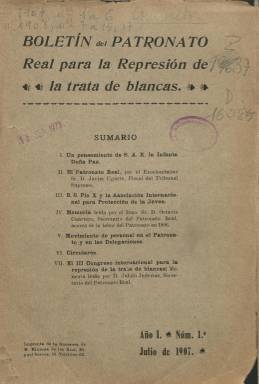
Título: Boletín del Patronato Real para la Represión de la Trata de Blancas
Colección: Anuarios e informes || Asuntos sociales
Ámbito geográfico: Madrid
Lugar de publicación: Madrid
Fechas: 01/07/1907-29/02/1916

Es el órgano oficial de este patronato, creado por los reales decretos de 11 de julio y 9 de septiembre de 1902 para la lucha contra la prostitución, estando considerada como primera institución oficial española dedicada a estos asuntos. El término “trata de blancas” había sido acuñado a finales del siglo XIX para quienes eran objeto de prostitución femenina en los continentes africano o asiático, haciéndose extensivo seguidamente a la prostitución en general. El patronato español quedaría establecido en el Ministerio de Justicia bajo la protección de la reina regente María Cristina y presidido por la infanta María Isabel de Borbón, con unos órganos directivos y ejecutivos ocupados casi en su totalidad por mujeres de la aristocracia y la alta burguesía, nombradas por el Gobierno, siendo su objetivo el de proveer información y recursos contra esta actividad y estructurándose en delegaciones provinciales y locales. El término oficial de “trata de blancas” sería sustituido en 1921 por el de “trata de mujeres y niños”, y por decreto del 11 de septiembre de 1931, la República sustituyó dicho patronato por el de Protección a la Mujer, que siguió funcionando durante la dictadura franquista. Sus funciones en las primeras décadas de su existencia fueron criticadas por el entonces movimiento feminista y sectores progresistas y, en concreto, lo fue por la escritora y política Margarita Nelken (1894-1968).

Su boletín oficial nació al instarse en el III Congreso Internacional para la Represión de la trata de blancas, celebrado en París en octubre de 1906, a los comités nacionales que llevaran a cabo “una activa propaganda”, y aunque el Patronato Real español ya venía publicando un pequeño boletín en la Revista social (Barcelona) para dar cuenta de sus memorias y noticias, en cumplimiento de dicho acuerdo comenzará a publicar este título con su primera entrega mensual de julio de 1907. Al historiador, sociólogo, escritor y periodista Julián Juderías (1877-1918), como secretario del patronato que será, hay que atribuirle también la secretaría de este boletín, en el que uno de los profesionales más activos en la lucha contra la prostitución y el abuso infantil publica numerosos textos, especialmente las crónicas sobre la prostitución en numerosos países, además de las de los congresos internacionales, como el IV, celebrado en Madrid entre el 24 y el 28 de octubre de 1910.

Las iniciales entregas mensuales del boletín, de en torno a las dieciséis páginas (a las que hay que sumar las cubiertas), pasarán a ser bimensuales a partir de abril-mayo de 1909, y en enero de 1910 comenzaron también algunas a ser trimestrales (o extraordinarias), aumentando su número de páginas en tales casos. Cada entrega comienza con el sumario de sus contenidos, y en la última de cada año elabora un índice anual de los mismos, siendo también su foliación continuada cada año, y sus páginas compuestas a una columna. Fue estampado en la Imprenta de la Sucesora de M. Minuesa de los Ríos, y no se ha advertido que publicara ilustración alguna.

El boletín es considerado como una “obra de propaganda moral”, en el que se publicarán artículos en los que se dan a conocer los trabajos del patronato. Tendrá una parte oficial, en la que inserta la legislación que se va publicando sobre esta materia tanto a nivel internacional como nacional, así como las circulares dirigidas a las delegaciones; otra en la que informa del movimiento del personal tanto de la junta directiva como de las delegaciones, así como de los fallos y sentencias de los tribunales de justicia o las medidas adoptadas por los gobernadores civiles, entre otras autoridades; y finalmente publica una crónica española sobre la labor de las delegaciones , y otra extranjera sobre la que llevan a cabo los comités nacionales y las autoridades de otros países, así como un Estado de la represión de la trata de blancas en el extranjero, firmado por Juderías.

Entre las firmas de los textos que publica aparecen los nombres, además del de Julián Juderías, del que había sido secretario del patronato hasta 1906, Octavio Cuartero; el del entonces fiscal del Tribunal Supremo, Francisco Javier Ugarte; el del presidente del Patronato de Jóvenes Presos o abandonados de Madrid, Álvaro López Núñez; el del secretario de la delegación de Madrid, Pedro Sangro y Ros de Olano, todos ellos además vocales de la junta directiva del patronato; el de la vicepresidenta del Comité Internacional de la Asociación Católica Internacional para la Protección de la Joven, la baronesa de Montenach, o los de José M. Franco de Villalobos y el escritor Rafael Salillas, entre otros, también vinculados al patronato. En su práctica, el patronato llevará a cabo una función de tutela, para lo que instaló un par de asilos en Madrid (en San Fernando de Henares y El Pardo), dejando esta función en provincias a conventos religiosos, como los de las Adoratrices y las Oblatas.

La última entrega de este título en la colección de la Biblioteca Nacional de España corresponde al primer bimestre de 1916 (número 75), pero el boletín siguió publicándose hasta 1929.